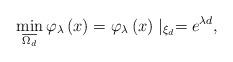
LaTeX: \begin{align*}\min_{\overline{\Omega _{d}}}\varphi _{\lambda }\left( x\right) =\varphi_{\lambda }\left( x\right) \mid _{\xi _{d}}=e^{\lambda d}, \end{align*}